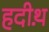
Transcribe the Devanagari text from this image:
हदीथ़